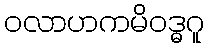
ဝလာဟကမိဝဒ္ဓဂူ